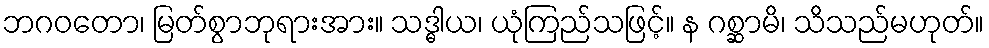
ဘဂဝတော၊ မြတ်စွာဘုရားအား။ သဒ္ဓါယ၊ ယုံကြည်သဖြင့်။ န ဂစ္ဆာမိ၊ သိသည်မဟုတ်။